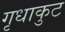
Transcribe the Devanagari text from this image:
गृधाकुट